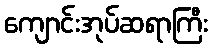
ကျောင်းအုပ်ဆရာကြီး